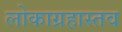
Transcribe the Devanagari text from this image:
लोकाग्रहास्तव